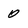
Character: 0